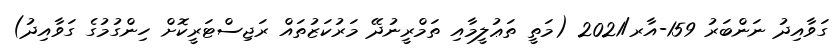
ގަވާއިދު ނަންބަރު 159-އާރ/2021 (މަތީ ތަޢުލީމާއި ތަމްރީނުދޭ މަރުކަޒުތައް ރަޖިސްޓަރީކޮށް ހިންގުމުގެ ގަވާއިދު)